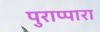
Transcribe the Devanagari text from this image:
पुराप्पारा